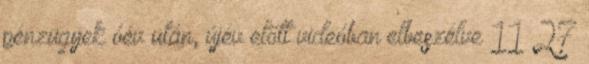
pénzügyek óév után, újév előtt videóban elbeszélve 11 27